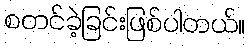
စတင်ခဲ့ခြင်းဖြစ်ပါတယ်။